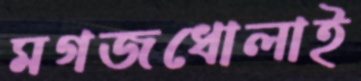
মগজধোলাই